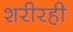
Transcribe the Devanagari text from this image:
शरीरही